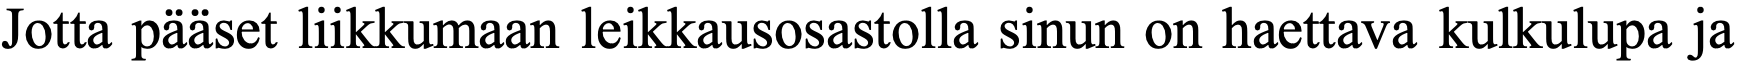
Jotta pääset liikkumaan leikkausosastolla sinun on haettava kulkulupa ja